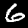
Label: 6